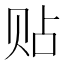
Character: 贴